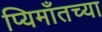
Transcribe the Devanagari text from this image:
प्यिमाँतच्या